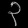
Digit: ၃